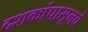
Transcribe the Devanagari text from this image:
दशकांपासूनचे